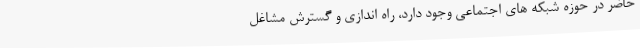
حاضر در حوزه شبکه های اجتماعی وجود دارد، راه اندازی و گسترش مشاغل